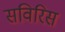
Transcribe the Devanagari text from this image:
सविरिस